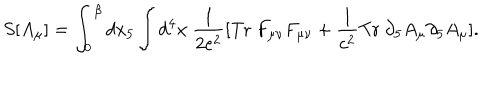
S [ A _ { \mu } ] = \int _ { 0 } ^ { \beta } d x _ { 5 } \int d ^ { 4 } x \ \frac { 1 } { 2 e ^ { 2 } } [ \mathrm { T r } \ F _ { \mu \nu } F _ { \mu \nu } + \frac { 1 } { c ^ { 2 } } \mathrm { T r } \ \partial _ { 5 } A _ { \mu } \partial _ { 5 } A _ { \mu } ] .